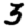
Digit: 3